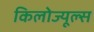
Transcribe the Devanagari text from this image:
किलोज्यूल्स